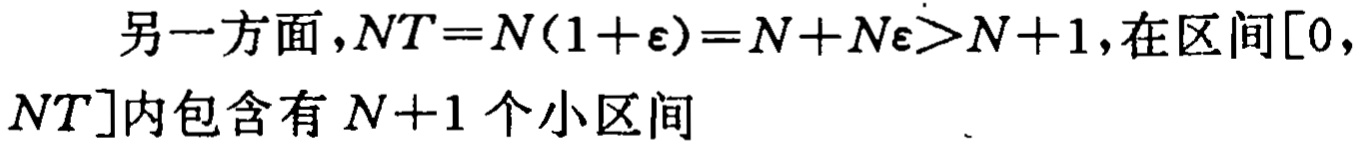
另一方面，$NT = N(1 + \varepsilon)=N + N\varepsilon > N + 1$，在区间$[0, NT]$内包含有$N + 1$个小区间